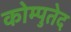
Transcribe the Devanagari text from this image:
कोम्पुतेद